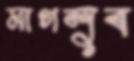
মাগলুব